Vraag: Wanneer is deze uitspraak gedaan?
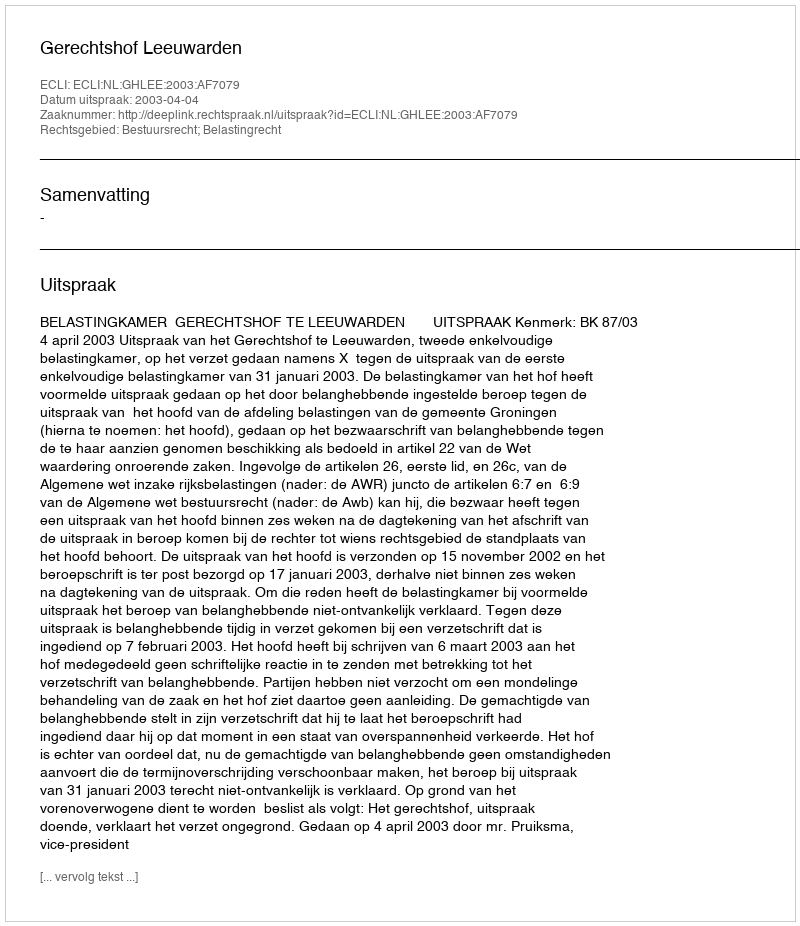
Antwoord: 2003-04-04